Vaccination United Provinces of Agra and Oudh 1914-1922 - 1914-1922
Year: 1914
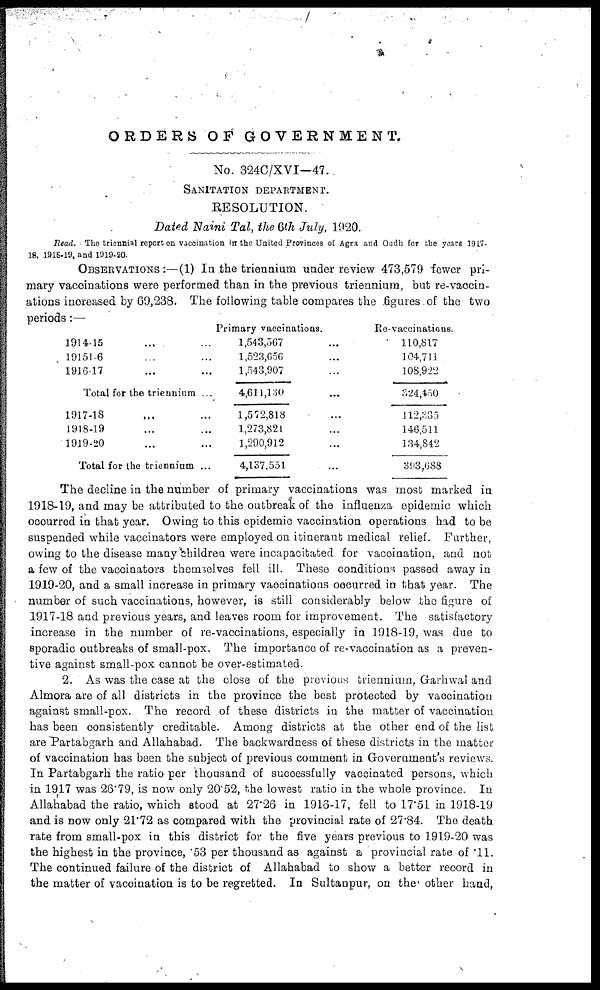
ORDERS OF GOVERNMENT.
No. 324C/XVI-47.
SANITATION DEPARTEMENT
RESOLUTION.
Dated Naini Tal, the 6th July, 1920.
Read. The triennial report on vaccination in the United Provinces of Agra and Oudh for the years 1917-
18, 1916-19, and 1919-20.
OBSERVATIONS:—(1) In the triennium under review 473,579 fewer pri-
mary vaccinations were performed than in the previous triennium, but re-vaccin¬
ations increased by 69,238. The following table compares the figures of the two
periods : —
1914-15... ...
19151-6 ... ...
1916-17 ... ...
Total for the triennium ...
1917-18 ... ...
1918-19 ... ...
1919-20 ... ...
Total for the triennium ...
Primary vaccinations.
1,543,567...
1,523,656...
1,543,907 ...
4,611,130...
1,572,818...
1,273,821...
1,290,912...
4,137,551...
Re-vaccinations.
110,817
104,711
108,922
324,450
112,335
146,511
134,842
393,688
The decline in the number of primary vaccinations was most marked in
1918-19, and may be attributed to the outbreak of the influenza epidemic which
occurred in that year. Owing to this epidemic vaccination operations had to be
suspended while vaccinators were employed on itinerant medical relief. Further,
owing to the disease many children were incapacitated for vaccination, and not
a few of the vaccinators themselves fell ill. These conditions passed away in
1919-20, and a small increase in primary vaccinations occurred in that year. The
number of such vaccinations, however, is still considerably below the figure of
1917-18 and previous years, and leaves room for improvement. The satisfactory
increase in the number of re-vaccinations, especially in 1918-19, was due to
sporadic outbreaks of small-pox. The importance of re-vaccination as a preven-
tive against small-pox cannot be over-estimated.
2. As was the case at the close of the previous triennium, Garhwal and
Almora are of all districts in the province the best protected by vaccination
against small-pox. The record of these districts in the matter of vaccination
has been consistently creditable. Among districts at the other end of the list
are Partabgarh and Allahabad. The backwardness of these districts in the matter
of vaccination has been the subject of previous comment in Government's reviews.
In Partabgarh the ratio per thousand of successfully vaccinated persons, which
in 1917 was 26.79, is now only 20.52, the lowest ratio in the whole province. In
Allahabad the ratio, which stood at 27.26 in 1916-17, fell to 17.51 in 1918-19
and is now only 21.72 as compared with the provincial rate of 27.84. The death
rate from small-pox in this district for the five years previous to 1919-20 was
the highest in the province, .53 per thousand as against a provincial rate of .11.
The continued failure of the district of Allahabad to show a better record in
the matter of vaccination is to be regretted. In Sultanpur, on the other hand,